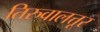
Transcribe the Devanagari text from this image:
तिरुवालत्तूर